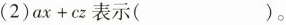
(2)ax+cz表示( )。